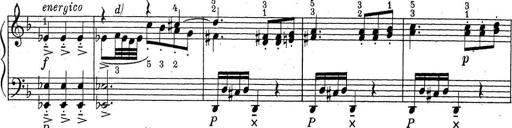
Title: ÄŒeskÃ© Sonatiny
Composer: Various